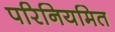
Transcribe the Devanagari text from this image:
परिनियमित